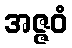
အဇ္ဇဝံ